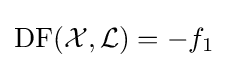
\operatorname {DF} ({\mathcal {X}},{\mathcal {L}})=-f_{1}